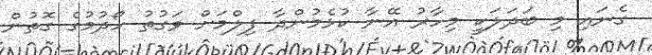
ގެނައި މި ބަދަލަކީ މިހާރު އޭނާ ކުޅެމުންދާ ފިލްމަށް ވަގުތު ހޯދުމުގެ ގޮތުން